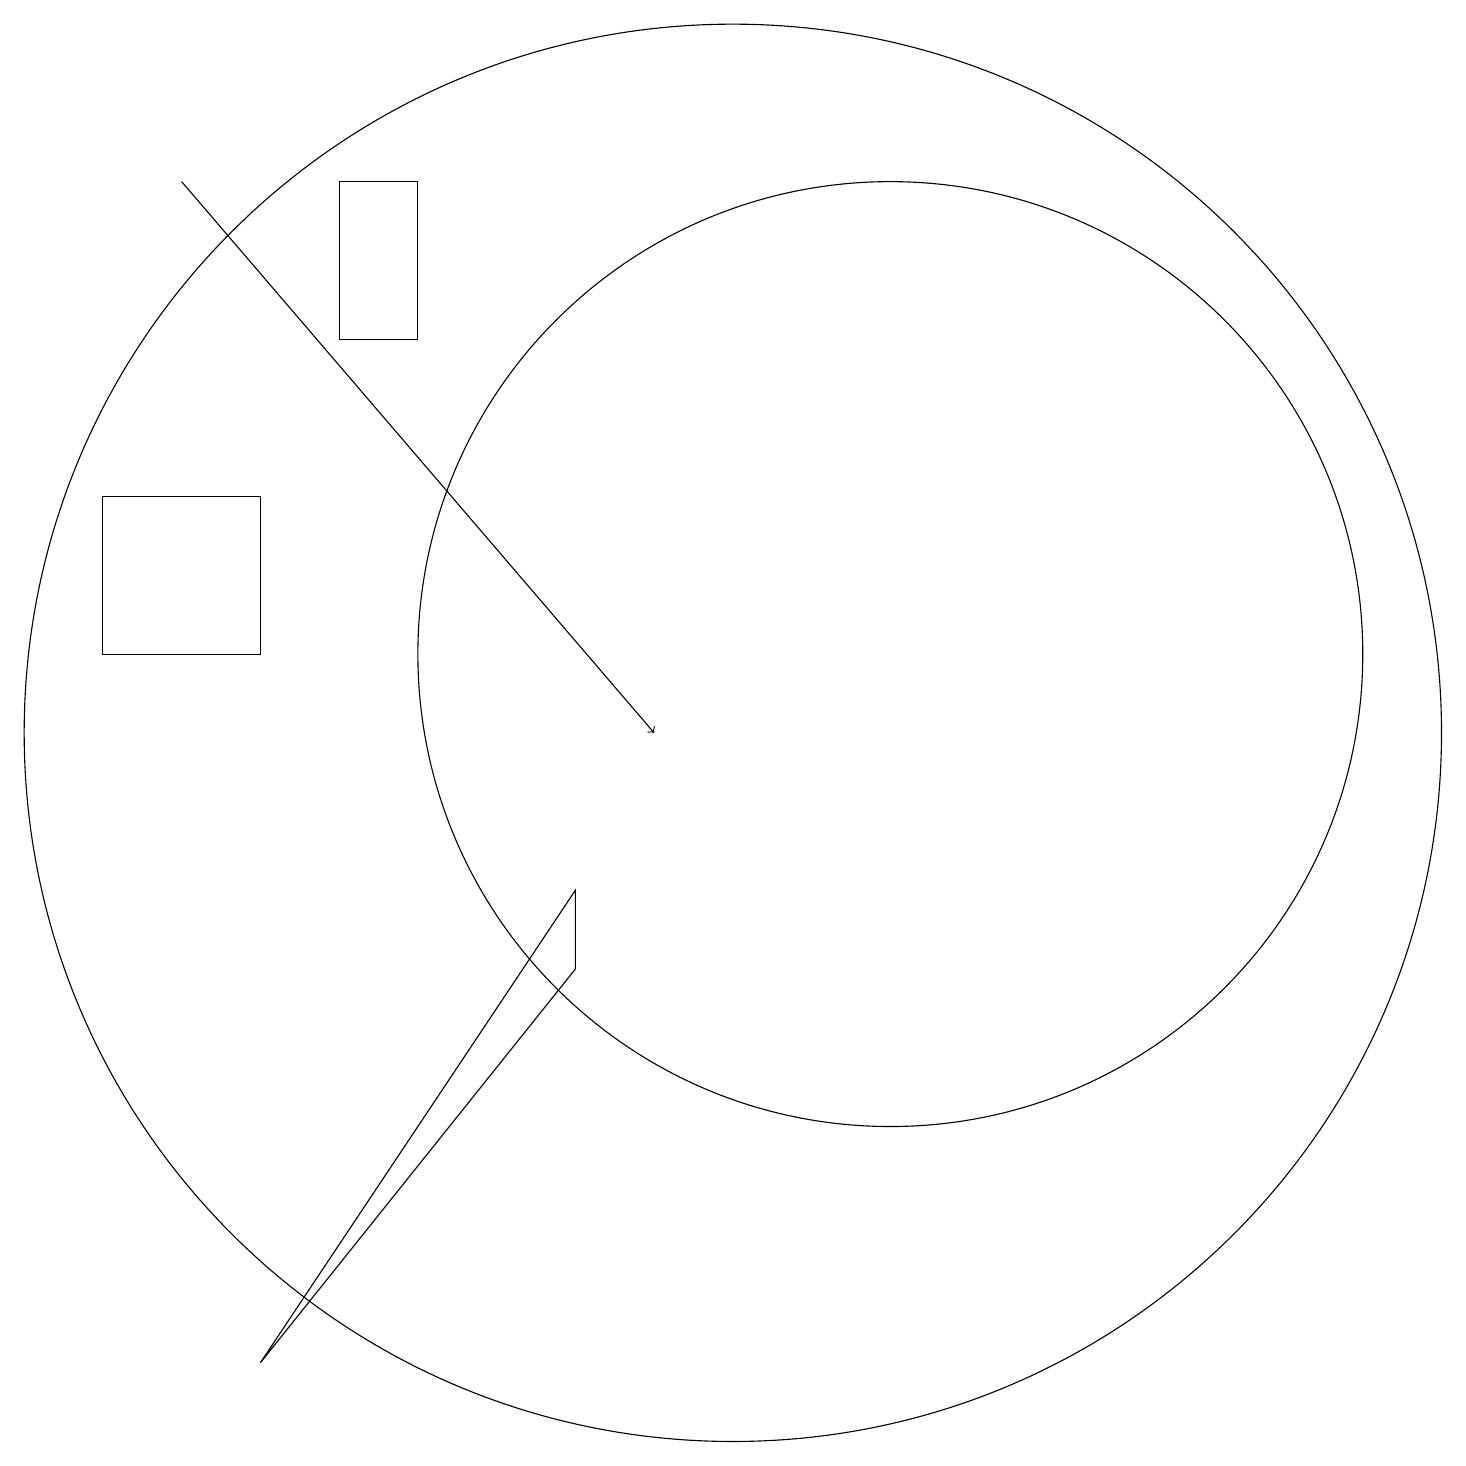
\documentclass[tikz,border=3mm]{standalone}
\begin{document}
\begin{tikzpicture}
\draw (4,3) -- (8,8) -- (8,9) -- cycle;
\draw (2,12) rectangle (4,14);
\draw (10,11) circle (9);
\draw (12,12) circle (6);
\draw[->] (3,18) -- (9,11);
\draw (5,18) rectangle (6,16);
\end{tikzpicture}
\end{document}